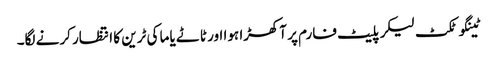
ٹینگو ٹکٹ لیکر پلیٹ فارم پر آکھڑا ہوا اور ٹاٹے یاما کی ٹرین کا انتظار کرنے لگا۔